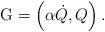
LaTeX: \begin{align*}\mathrm{G}=\left( \alpha\dot{Q},Q\right) . \end{align*}